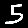
Digit: 5